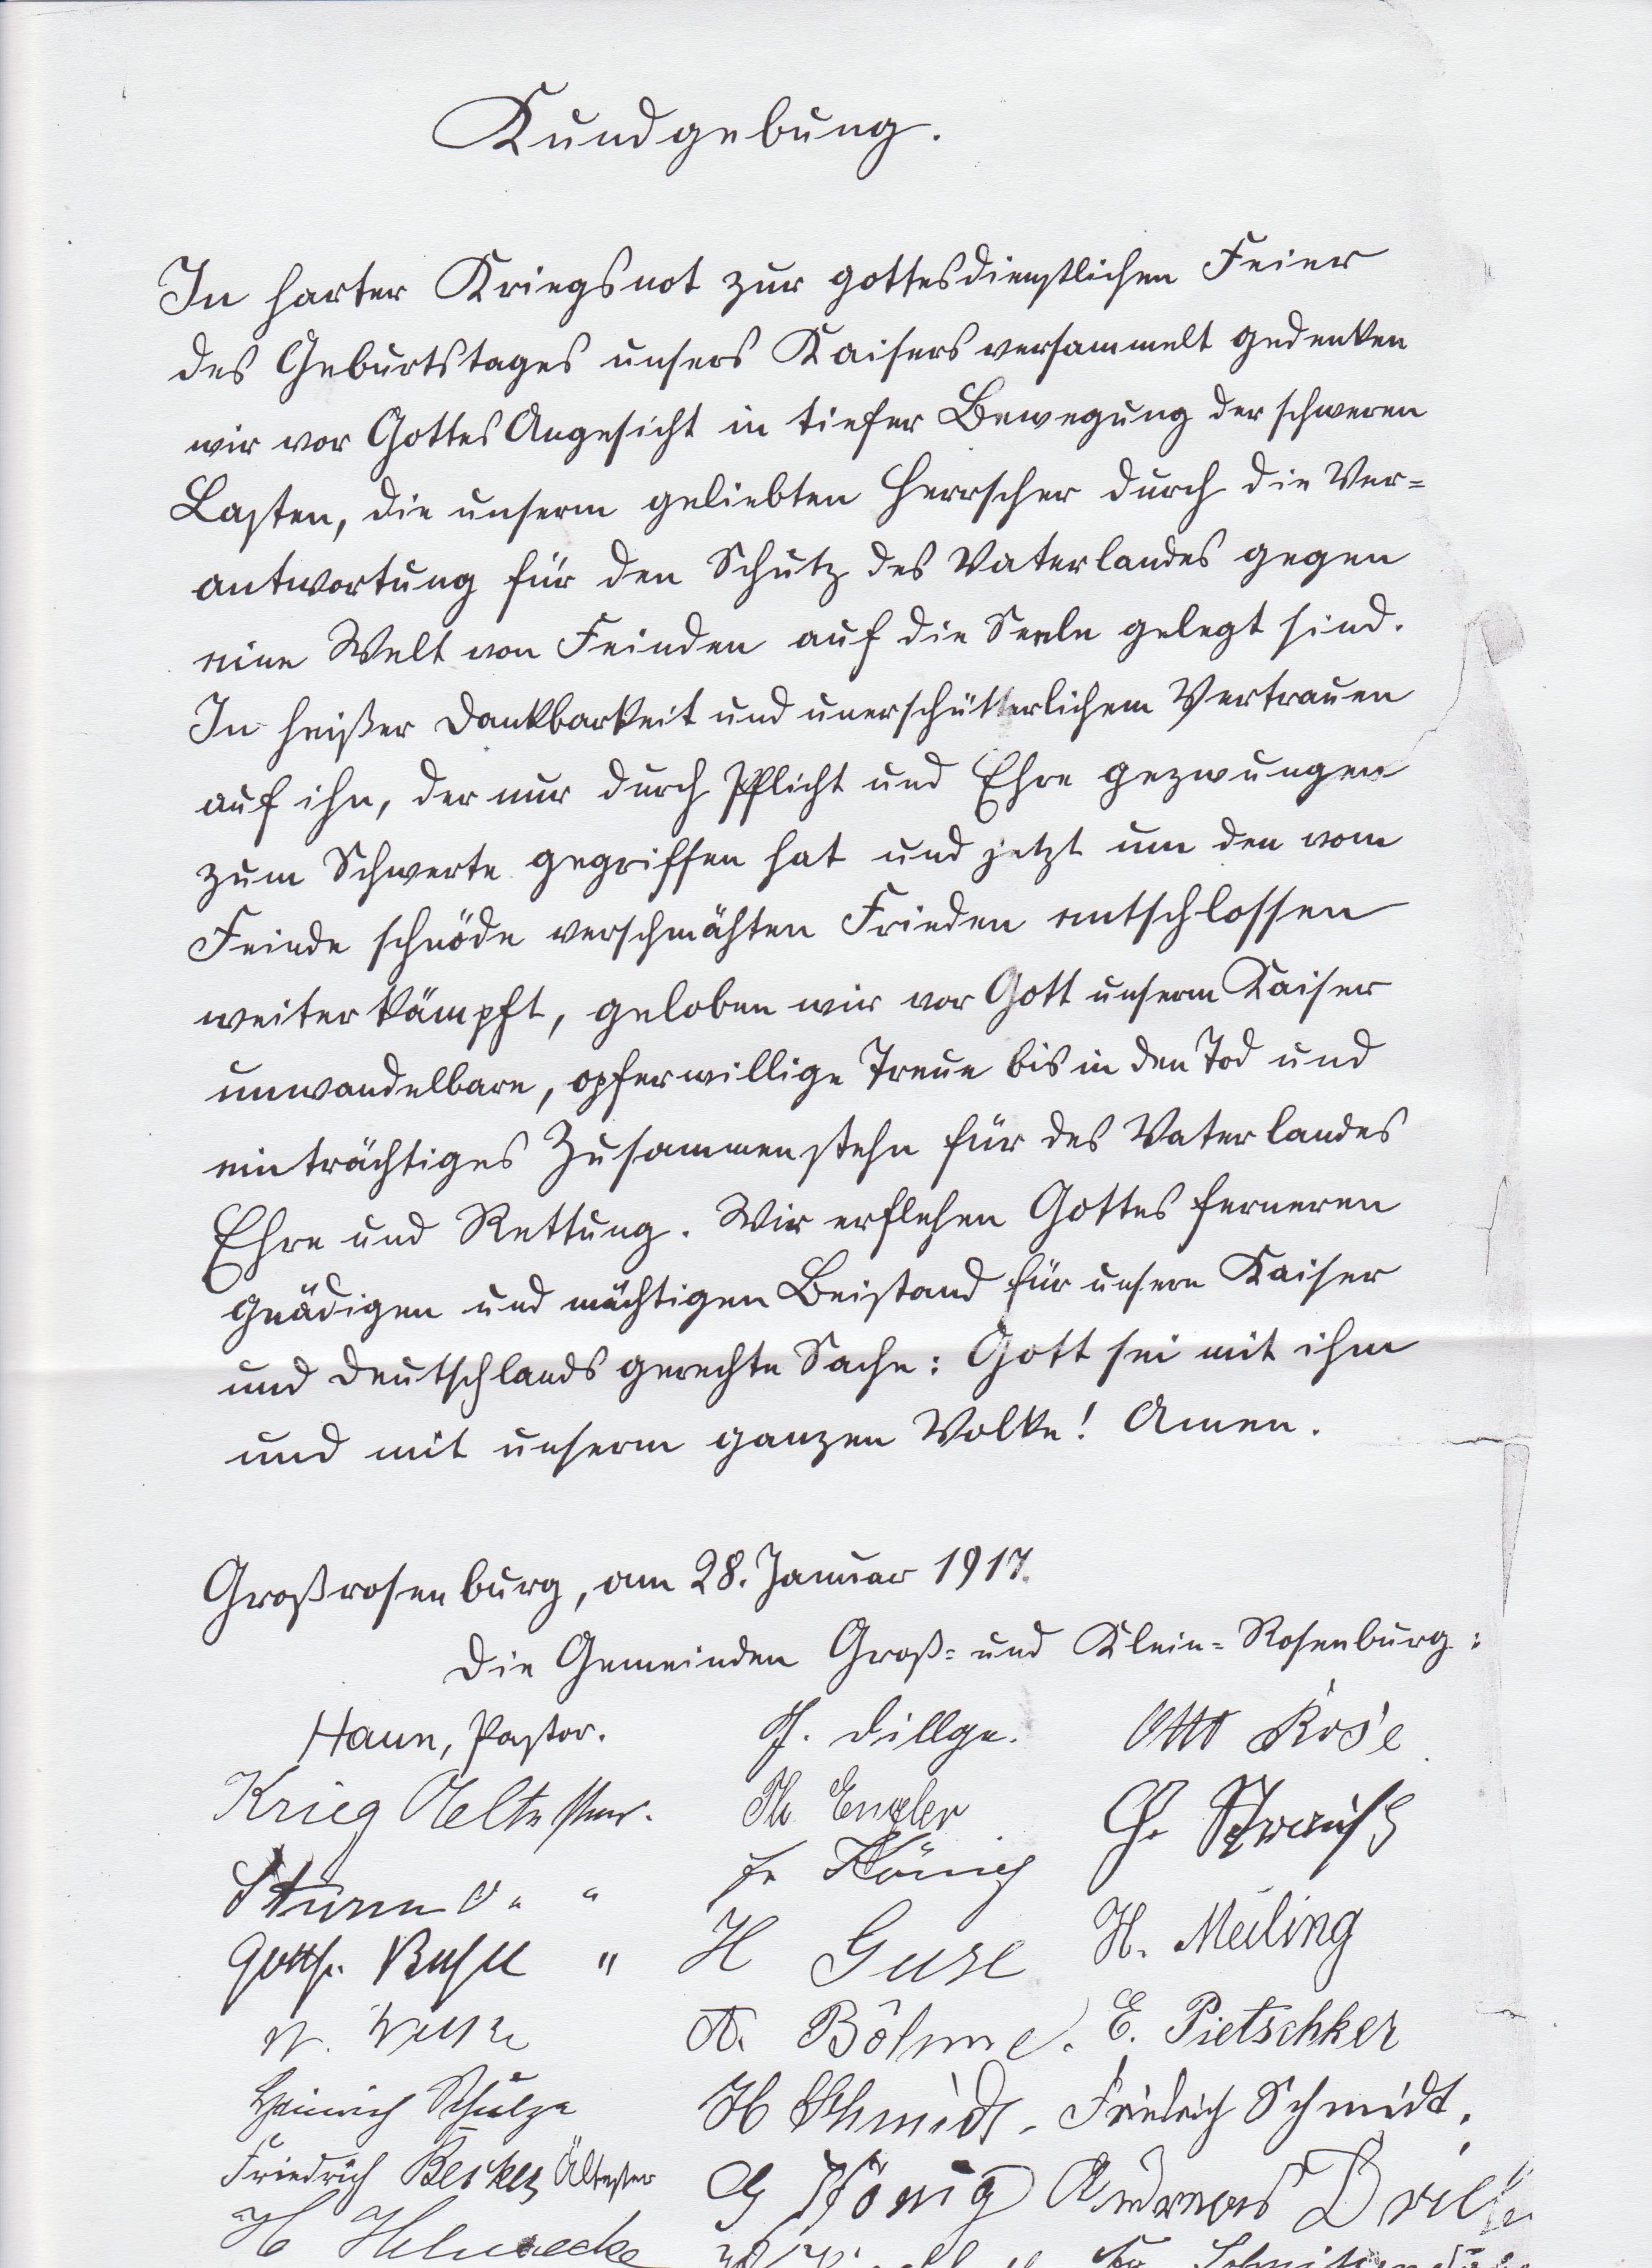
Kundgebung.
In harter Kriegsnot zur gottesdienstlichen Feier
des Geburtstages unseres Kaisers versammelt gedenken
wir vor Gottes Angesicht in tiefer Bewegung der schweren
Lasten, die unseren geliebten Herrscher durch die Ver¬
antwortung für den Schutz des Vaterlandes gegen
eine Welt von Feinden auf die Seele gelegt sind.
In heißer Dankbarkeit und unerschütterlichem Vertrauen
auf ihn, der nur durch Pflicht und Ehre gezwungen
zum Schwerte gegriffen hat und jetzt um den vom
Feinde schnöde verschmähten Frieden entschlossen
weiter kämpft, geloben wir vor Gott unserm Kaiser
unwandelbare, opferwilligen Treue bis in den Tod und
einträchtiges Zusammenstehen für das Vaterlandes
Ehre und Rettung. Wir erflehen Gottes ferneren
gnädigen und mächtigen Beistand für unsern Kaiser
und Deutschlands gerechte Sache: Gott sein mit ihm
und mit unserm ganzen Volke! Amen.
Großrosenburg, am 28. Januar 1917.
Die Gemeinden Groß- und Klein-Rosenburg:
Haun, Pastor.		J. Dillge.		Otto Rose
Krieg Aeltester. 	Th. Engler	G. Strauss
L Turm u " "		Fr. König
Gottfr. Bese	"		H Guse		H. Meiling
N. W					A. Böhme 	E. Pietschker
Heinrich Schulze	H Schmidt.	   Friedrich Schmidt.
Friedrich Beiker Ältester	  G. König		Andreas D
H Hilmecke